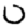
Digit: 0